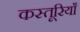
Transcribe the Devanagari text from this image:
कस्तूरियाँ